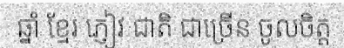
ឆ្នាំ ខ្មែរ ភ្ញៀវ ជាតិ ជាច្រើន ចូលចិត្ត